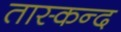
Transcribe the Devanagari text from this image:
तास्कन्द